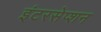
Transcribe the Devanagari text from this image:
इंटरसेप्शन